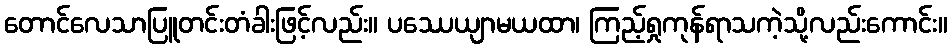
တောင်လေသာပြူတင်းတံခါးဖြင့်လည်း။ ပဿေယျာမယထာ၊ ကြည့်ရှုကုန်ရာသကဲ့သို့လည်းကောင်း။